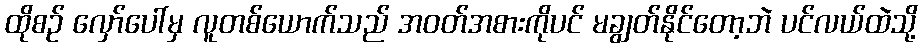
ထိုစဉ် လှော်ပေါ်မှ လူတစ်ယောက်သည် အဝတ်အစားကိုပင် မချွတ်နိုင်တော့ဘဲ ပင်လယ်ထဲသို့